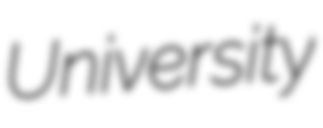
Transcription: University